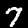
Label: 7